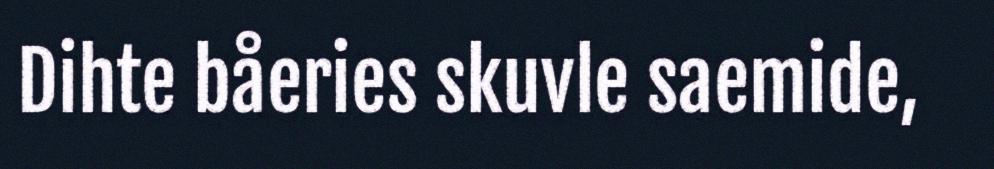
Dihte båeries skuvle saemide,